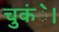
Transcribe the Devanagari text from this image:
चुकंे।